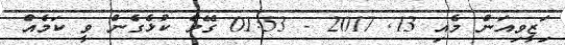
ަިަޒީވިއަން މެއި 13